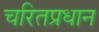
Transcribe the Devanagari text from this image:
चरितप्रधान